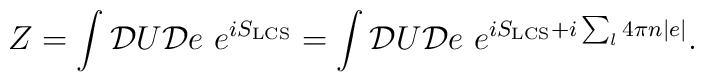
Z = \int {\cal D}U {\cal D}e ~ e^{i S_{\hbox{\tiny LCS}}}   = \int {\cal D}U {\cal D}e ~   e^{ i S_{\hbox{\tiny LCS}} + i \sum_{l} 4 \pi n |e|}.